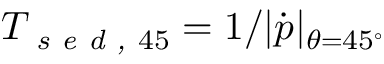
T _ { \textit { s e d , } 4 5 } = 1 / | \boldsymbol { \dot { p } } | _ { \theta = 4 5 ^ { \circ } }